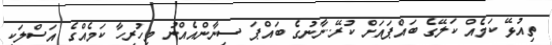
ތިއުޅޭ ކަމެއް ކަލޭގެ ބަައްޕައަށް ކުރޭ..ނާނުގެ ބައްޕަ ސިނާންއެއްނު މިހުރިހާ ކަމެއްގެ އަސްލަކީ